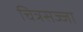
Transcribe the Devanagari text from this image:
चित्रसज्जा